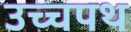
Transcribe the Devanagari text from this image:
उच्चपथ